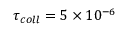
\tau _ { c o l l } = 5 \times 1 0 ^ { - 6 }